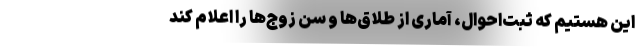
این هستیم که ثبت‌احوال، آماری از طلاق‌ها و سن زوج‌ها را اعلام کند